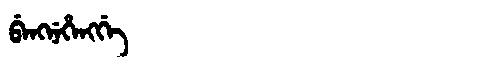
Manchu: ᠪᡝᠩᠨᡝᡥᡝᠩᡤᡝ
Romanization: BENGNEHENGGE